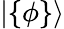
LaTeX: |\{ \phi\} \rangle